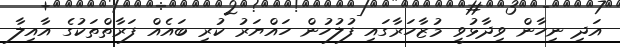
އަދި ނިހާން ވިދާޅުވީ މުޒާހަރާގައި ފުލުހުން ހައްޔަރު ކުރި ބައެއް ފަރާތްތަކުގެ އާއިލާ